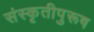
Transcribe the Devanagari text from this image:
संस्कृतीपुरूष